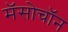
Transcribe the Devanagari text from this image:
मॅसोचॉन